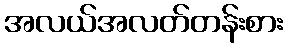
အလယ်အလတ်တန်းစား